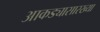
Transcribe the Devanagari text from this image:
आकड्यासारख्या